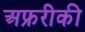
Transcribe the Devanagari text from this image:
अफ्ररीकी